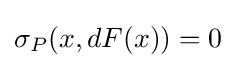
\sigma _{P}(x,dF(x))=0